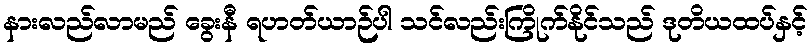
နားလည်လာမည် ခွေးနီ ရဟတ်ယာဉ်ပါ သင်လည်းကြိုက်နိုင်သည် ဒုတိယထပ်နှင့်